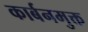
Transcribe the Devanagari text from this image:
कार्बनमुक्त